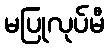
မပြုလုပ်မီ